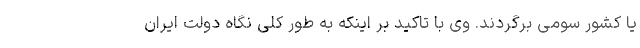
یا کشور سومی برگردند. وی با تاکید بر اینکه به طور کلی نگاه دولت ایران